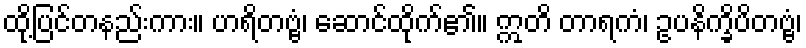
ထို့ပြင်တနည်းကား။ ဟရိတဗ္ဗံ၊ ဆောင်ထိုက်၏။ ဣတိ တာရကံ၊ ဥပနိက္ခိပိတဗ္ဗံ၊